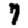
Digit: 7